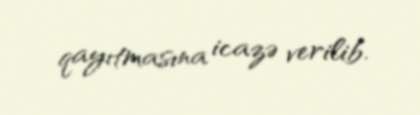
qayıtmasına icazə verilib.